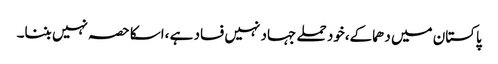
پاکستان میں دھماکے،خود حملے جہاد نہیں فساد ہے ،اسکا حصہ نہیں بننا۔